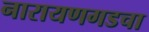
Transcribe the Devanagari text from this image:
नारायणगडचा